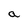
Character: a